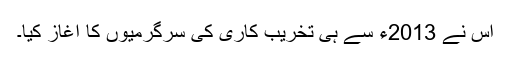
اس نے 2013ء سے ہی تخریب کاری کی سرگرمیوں کا آغاز کیا۔